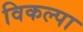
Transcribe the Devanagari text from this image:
विकल्पा